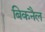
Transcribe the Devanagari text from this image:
बिकनैल